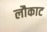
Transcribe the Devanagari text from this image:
लौकाट